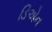
ડિએન